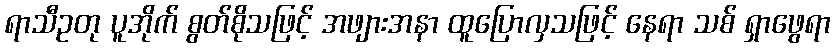
ရာသီဥတု ပူအိုက် စွတ်စိုသဖြင့် အဖျားအနာ ထူပြောလှသဖြင့် နေရာ သစ် ရှာဖွေရာ